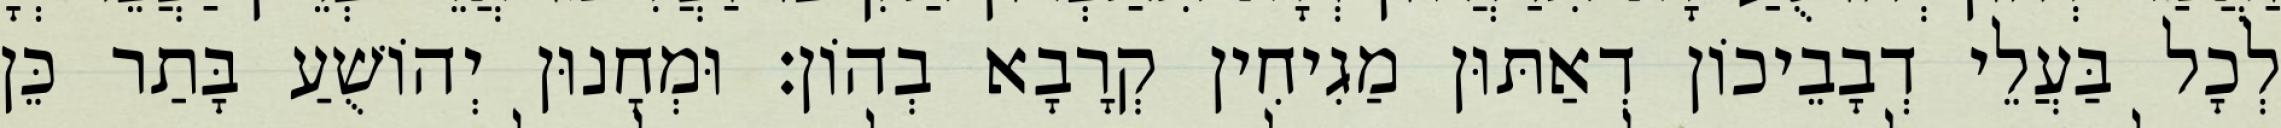
לְכָל בַּעֲלֵי דְבָבֵיכוֹן דְאַתּוּן מַגִיחִין קְרָבָא בְהוֹן׃ וּמְחָנוּן יְהוֹשֻׁעַ בָּתַר כֵּן